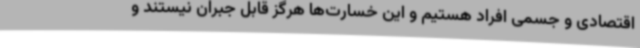
اقتصادی و جسمی افراد هستیم و این خسارت‌ها هرگز قابل جبران نیستند و